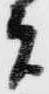
者